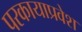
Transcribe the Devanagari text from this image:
परकायाप्रवेश